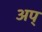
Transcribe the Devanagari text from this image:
अप्‌